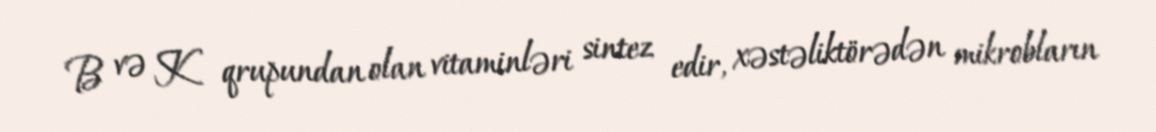
B və K qrupundan olan vitaminləri sintez edir, xəstəliktörədən mikrobların